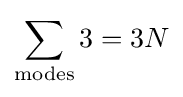
\sum _{\rm {modes}}3=3N